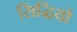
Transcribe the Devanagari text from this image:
सिद्धियो